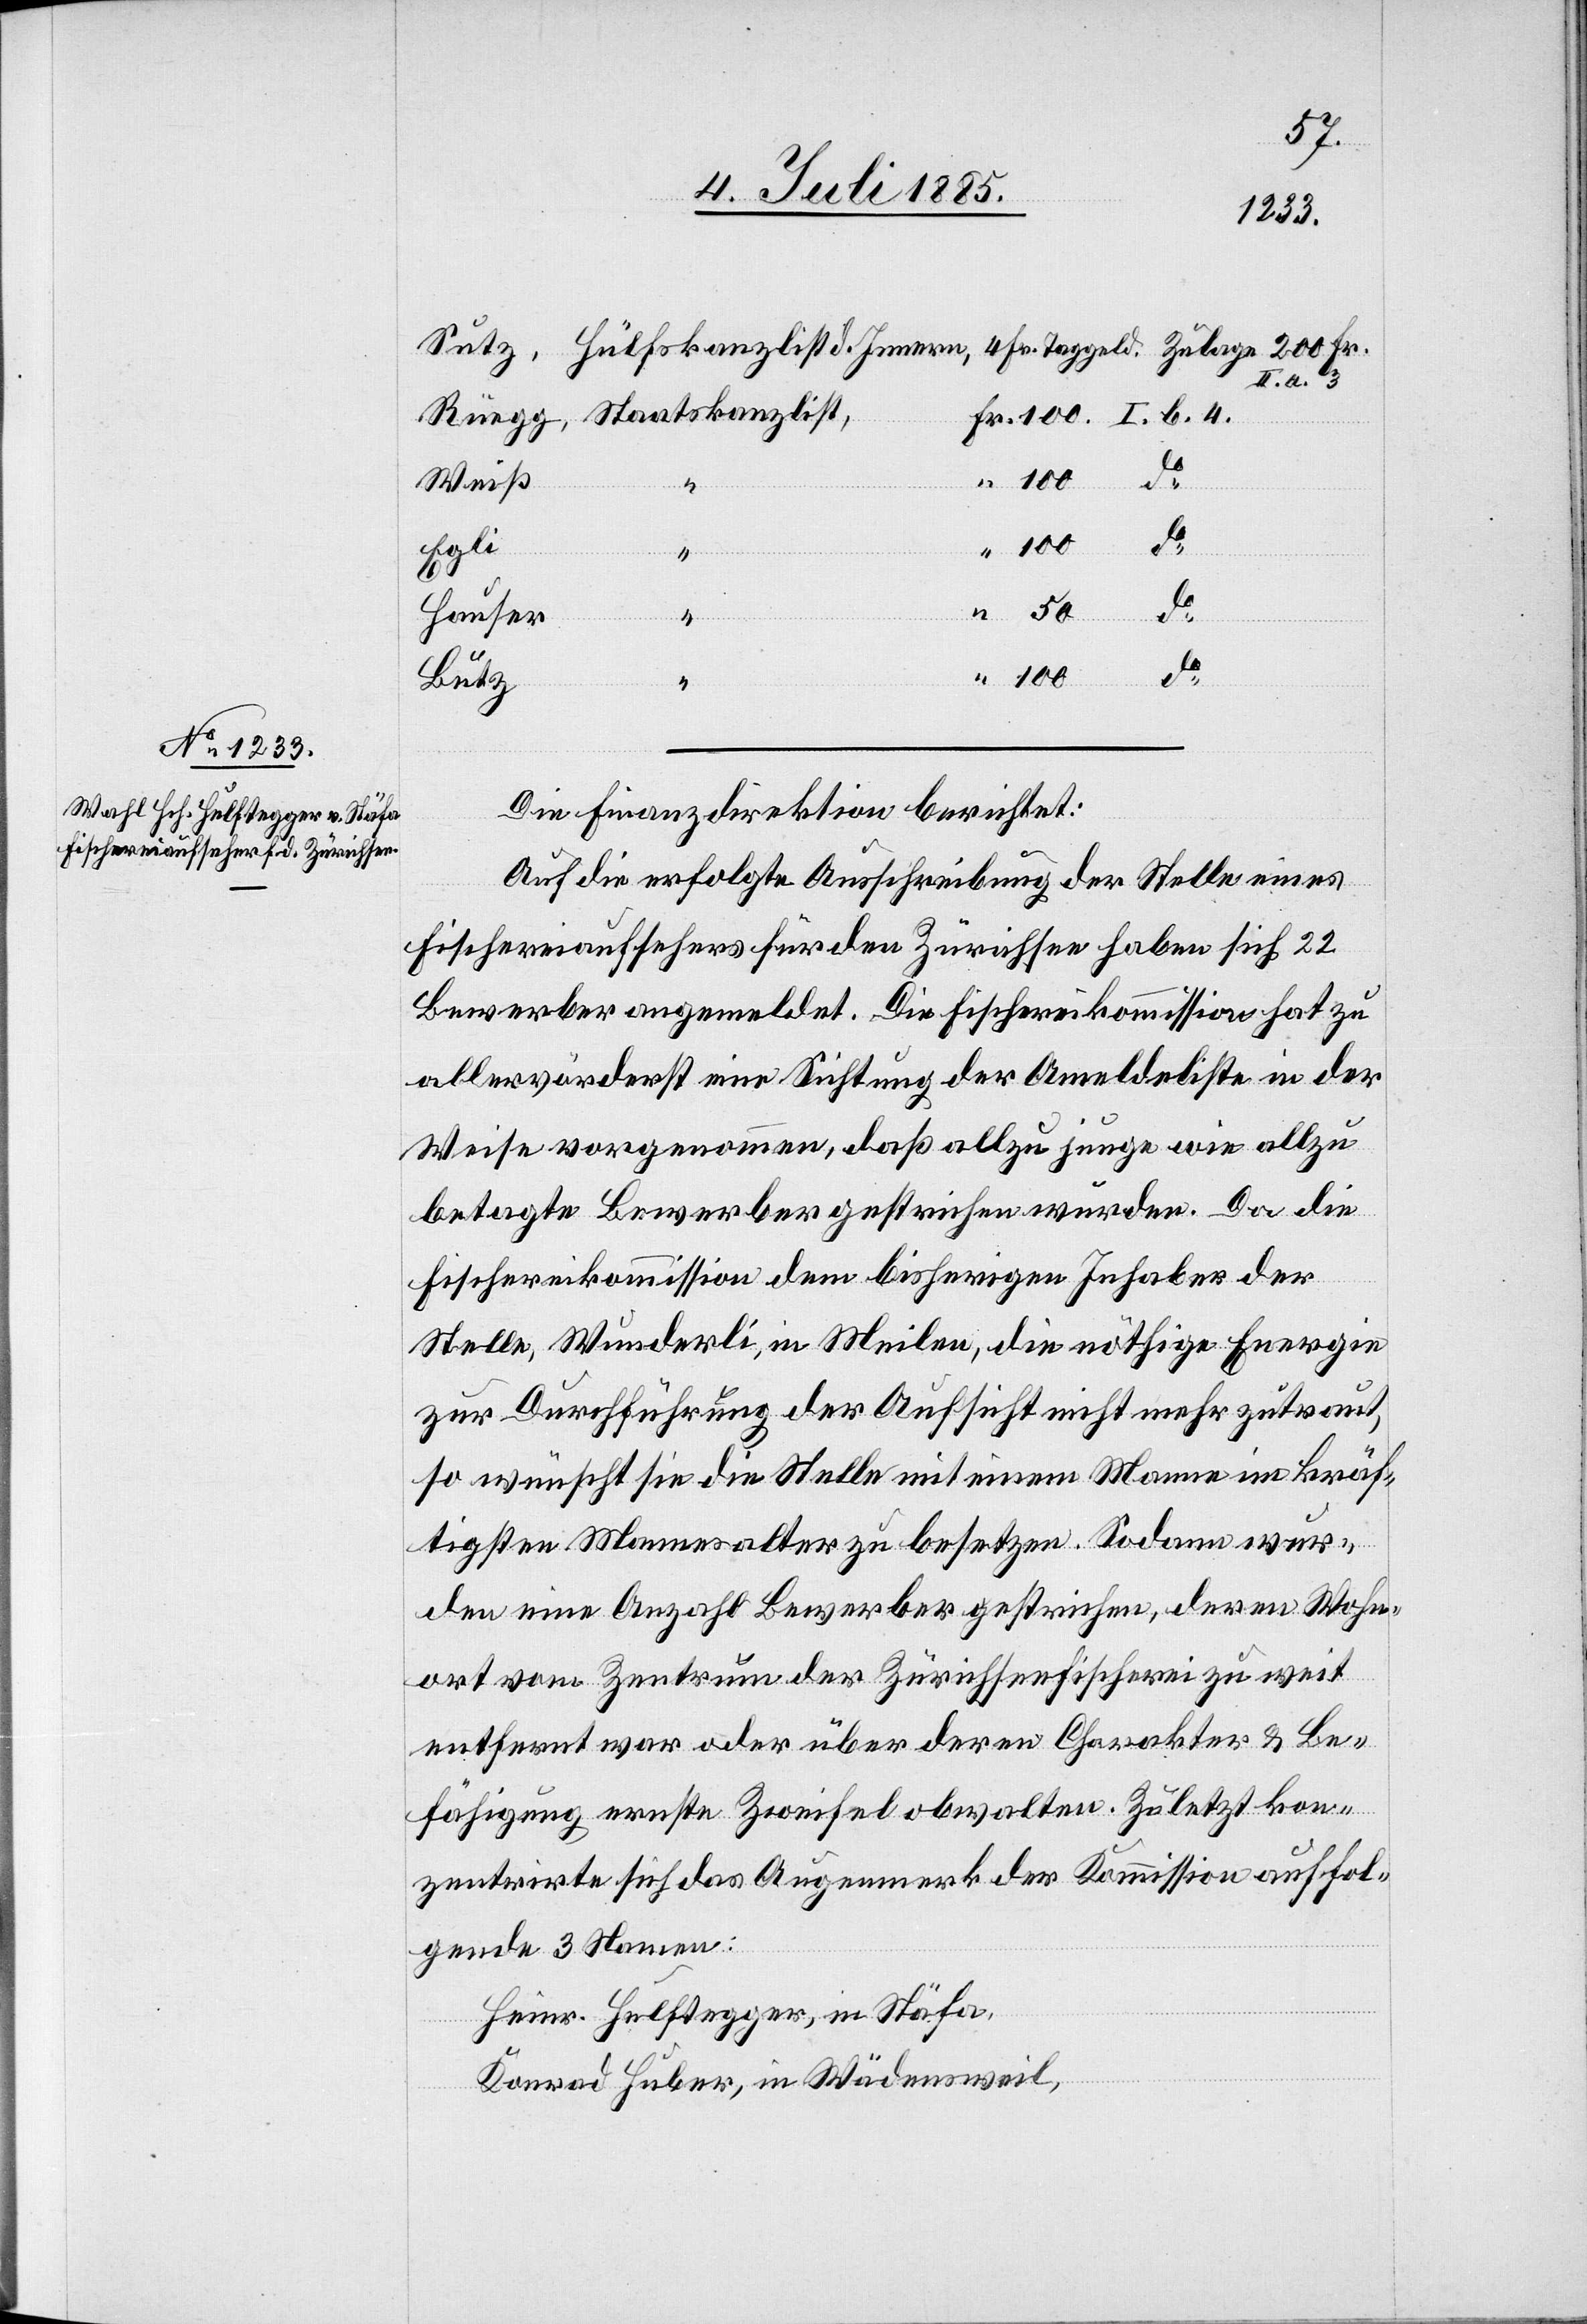
II. a. 3.
100.
50.
do
100.
Weiß
do
Hauser
Butz
Die Finanzdirektion berichtet:
Auf die erfolgte Ausschreibung der Stelle eines
Fischereiaufsehers für den Zürichsee haben sich 22
Bewerber angemeldet. Die Fischereikommission hat zu
allervorderst eine Sichtung der A[n]meldeliste in der
Weise vorgenommen, daß allzu junge wie allzu
betagte Bewerber gestrichen wurden. Da die
Fischereikommission dem bisherigen Inhaber der
Stelle, Wunderli, in Meilen, die nöthige Energie
zur Durchführung der Aufsicht nicht mehr zutraut,
so wünscht sie die Stelle mit einem Manne im kräf¬
tigsten Mannesalter zu besetzen. Sodann wur¬
den eine Anzahl Bewerber gestrichen, deren Wohn¬
ort vom Zentrum der Zürichseefischerei zu weit
entfernt war oder über deren Charakter & Be¬
fähigung ernste Zweifel obwalten. Zuletzt kon¬
zentrirte sich das Augenmerk der Kommission auf fol¬
gende 3 Namen:
Heinr. Hulftegger, in Stäfa,
Konrad Huber, in Wädensweil,